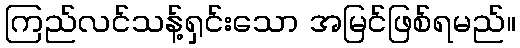
ကြည်လင်သန့်ရှင်းသော အမြင်ဖြစ်ရမည်။